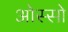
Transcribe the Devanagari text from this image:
ओस्सो